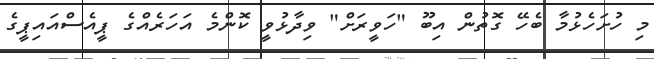
މި ހުށަހެޅުމާ ބެހޭ ގޮތުން އިބޫ "ހަވީރަށް" ވިދާޅުވީ ކޮންމެ އަހަރެއްގެ ޕީއެސްއައިޕީގެ